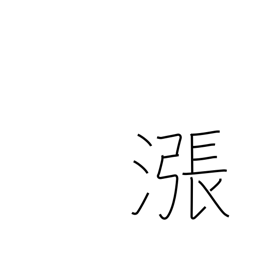
Meaning: overflow